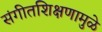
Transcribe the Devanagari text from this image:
संगीतशिक्षणामुळे